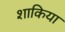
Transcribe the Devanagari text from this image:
शाकिया